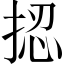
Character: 𢭝